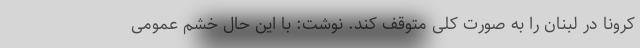
کرونا در لبنان را به صورت کلی متوقف کند. نوشت: با این حال خشم عمومی